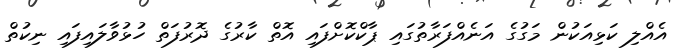
އެއްލި ކަޅިއަކުން މަގުގެ އަނެއްފަރާތުގައި ޕާކްކޮށްފައި އޮތް ކާރުގެ ދޮރުފަތް ހުޅުވާލައިފައި ނިކުތް